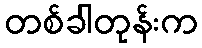
တစ်ခါတုန်းက